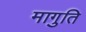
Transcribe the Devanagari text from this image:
मागुति